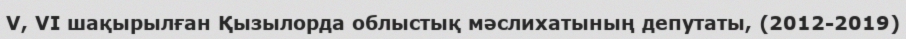
V, VІ шақырылған Қызылорда облыстық мәслихатының депутаты, (2012-2019)